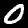
Label: 0